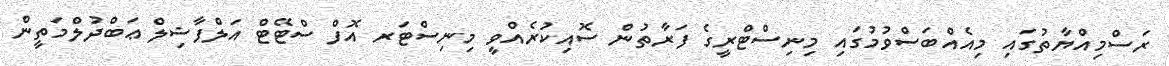
ރަސްމިއްޔާތުގައި މިއެއްބަސްވުމުގައި މިނިސްޓްރީގެ ފަރާތުން ސޮއިކުރެއްވީ މިނިސްޓަރ އޮފް ސްޓޭޓް އަލްފާޟިލް ޢަބްދުލްމަތީން